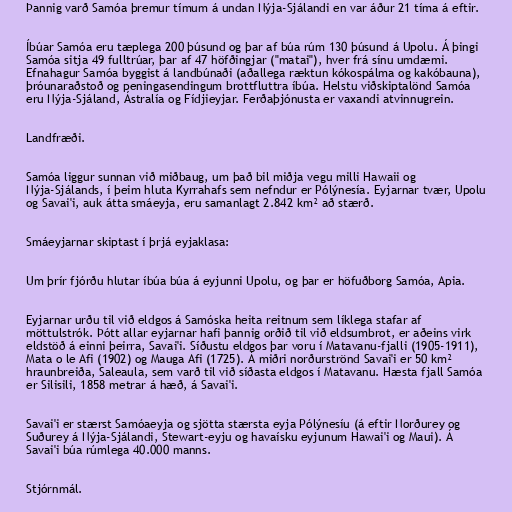
Þannig varð Samóa þremur tímum á undan Nýja-Sjálandi en var áður 21 tíma á eftir.

Íbúar Samóa eru tæplega 200 þúsund og þar af búa rúm 130 þúsund á Upolu. Á þingi
Samóa sitja 49 fulltrúar, þar af 47 höfðingjar ("matai"), hver frá sínu umdæmi.
Efnahagur Samóa byggist á landbúnaði (aðallega ræktun kókospálma og kakóbauna),
þróunaraðstoð og peningasendingum brottfluttra íbúa. Helstu viðskiptalönd Samóa
eru Nýja-Sjáland, Ástralía og Fídjieyjar. Ferðaþjónusta er vaxandi atvinnugrein.

Landfræði.

Samóa liggur sunnan við miðbaug, um það bil miðja vegu milli Hawaii og
Nýja-Sjálands, í þeim hluta Kyrrahafs sem nefndur er Pólýnesía. Eyjarnar tvær, Upolu
og Savai'i, auk átta smáeyja, eru samanlagt 2.842 km² að stærð.

Smáeyjarnar skiptast í þrjá eyjaklasa:

Um þrír fjórðu hlutar íbúa búa á eyjunni Upolu, og þar er höfuðborg Samóa, Apia.

Eyjarnar urðu til við eldgos á Samóska heita reitnum sem líklega stafar af
möttulstrók. Þótt allar eyjarnar hafi þannig orðið til við eldsumbrot, er aðeins virk
eldstöð á einni þeirra, Savai'i. Síðustu eldgos þar voru í Matavanu-fjalli (1905-1911),
Mata o le Afi (1902) og Mauga Afi (1725). Á miðri norðurströnd Savai'i er 50 km²
hraunbreiða, Saleaula, sem varð til við síðasta eldgos í Matavanu. Hæsta fjall Samóa
er Silisili, 1858 metrar á hæð, á Savai'i.

Savai'i er stærst Samóaeyja og sjötta stærsta eyja Pólýnesíu (á eftir Norðurey og
Suðurey á Nýja-Sjálandi, Stewart-eyju og havaísku eyjunum Hawai'i og Maui). Á
Savai'i búa rúmlega 40.000 manns.

Stjórnmál.